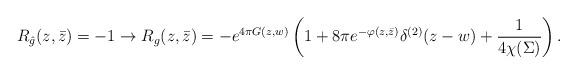
LaTeX: \begin{align*}R_{\hat g}(z,\bar z)=-1\to R_g(z,\bar z)=-e^{4\pi G(z,w)}\left(1+8\pi e^{-\varphi(z,\bar z)}\delta^{(2)}(z-w)+{1\over4\chi(\Sigma)}\right).\end{align*}